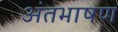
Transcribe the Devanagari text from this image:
अंतभाषण